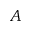
A